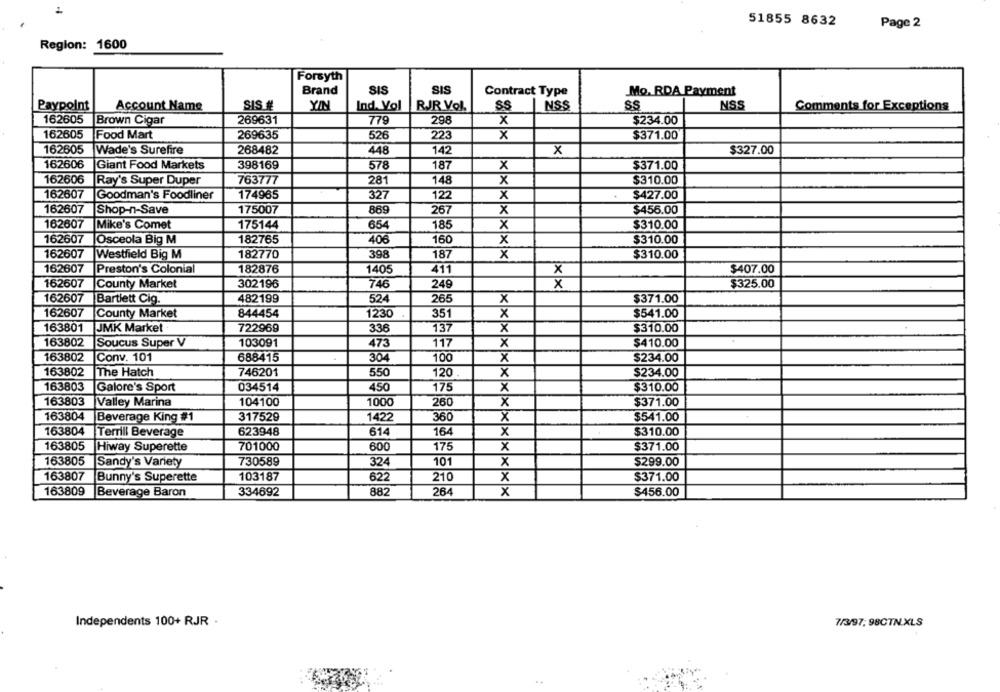
51855 8632
Page 2
Region: 1600
Forsyth
Brand
SIS
SIS
Contract Type
Mo. RDA Payment
Paypoint
Account Name
SIS #
YIN
Ind. Vol
RJR Vol.
SS
NSS
SS
NSS
Comments for Exceptions
162605
Brown Cigar
269631
779
298
x
$234.00
162605
Food Mart
269635
526
223
x
$371.00
162605 Wade's Surefire
268482
448
142
X
$327.00
162606
Giant Food Markets
398169
578
187
x
$371.00
162606
763777
281
148
x
$310.00
Ray's Super Duper
162607
Goodman's Foodliner
174965
327
122
X
$427.00
162607
Shop-n-Save
175007
869
267
x
$456.00
162607
Mike's Comet
175144
654
185
x
$310.00
162607
Osceola Big M
182765
406
160
X
$310.00
162607
Westfield Big M
182770
398
187
x
$310.00
162607
Preston's Colonial
182876
1405
411
$407.00
x
162607
County Market
746
249
$325.00
302196
x
162607
$371.00
Bartlett Cig.
482199
524
265
x
162607
County Market
844454
1230
351
x
$541.00
163801
JMK Market
722969
336
137
x
$310.00
163802
Soucus Super V
103091
473
117
X
$410.00
163802
Conv. 101
688415
.
304
100
x
$234.00
163802
The Hatch
746201
550
120
X
$234.00
163803
Galore's Sport
034514
450
175
$310.00
X
163803
104100
1000
$371.00
Valley Marina
260
x
163804
Beverage King #1
317529
1422
360
X
$541.00
163804
Terrill Beverage
623948
614
164
x
$310.00
163805
Hiway Superette
701000
600
175
x
$371.00
163805
Sandy's Variety
730589
324
101
x
$299.00
163807
Bunny's Superette
103187
622
210
x
$371.00
163809
Beverage Baron
334692
882
264
x
$456.00
Independents 100+ RJR .
7/3/97, 98CTN.XLS
..